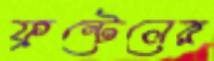
ফ্রন্টেলের